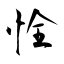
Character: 恮